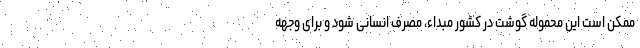
ممکن است این محموله گوشت در کشور مبداء، مصرف انسانی شود و برای وجهه